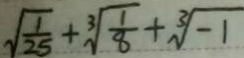
\sqrt { \frac { 1 } { 2 5 } } + \sqrt [ 3 ] { \frac { 1 } { 8 } } + \sqrt [ 3 ] { - 1 }